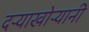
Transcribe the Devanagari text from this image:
दऱ्याखोऱ्यानी